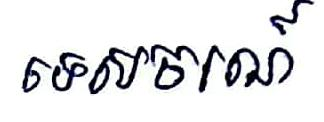
ទេសចរណ៍